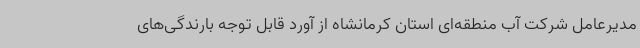
مدیرعامل شرکت آب منطقه‌ای استان کرمانشاه از آورد قابل توجه بارندگی‌های